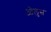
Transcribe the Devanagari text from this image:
ओलुस